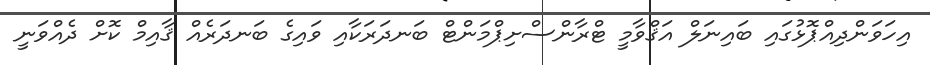
އިހަވަންދިއްޕޮޅުގައި ބައިނަލް އަޤްވާމީ ޓްރާންސްށިޕްމަންޓް ބަނދަރަކާއި ވައިގެ ބަނދަރެއް ޤާއިމް ކޮށް ދެއްވަނީ